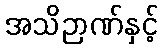
အသိဉာဏ်နှင့်